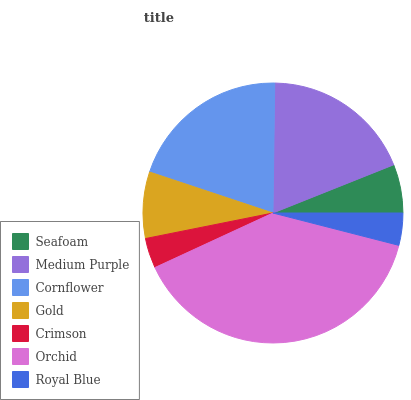
| Seafoam | Medium Purple | Cornflower | Gold | Crimson | Orchid | Royal Blue |
 | --- | --- | --- | --- | --- | --- | --- |
 | 6.05% | 18.8% | 20.1% | 8.24% | 3.74% | 39.1% | 3.99% |